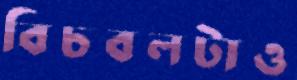
বিচবলটাও